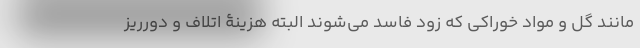
مانند گل و مواد خوراکی که زود فاسد می‌شوند البته هزینۀ اتلاف و دورریز